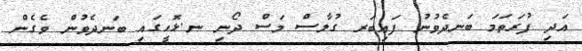
އަދި ފުރަތަމަ ބަނދެވުނު ފައިބަރ ގުލާސް މަސް ދޯނި ނ.ޅޮހީގައި ބަނދެވުން ވެގެން